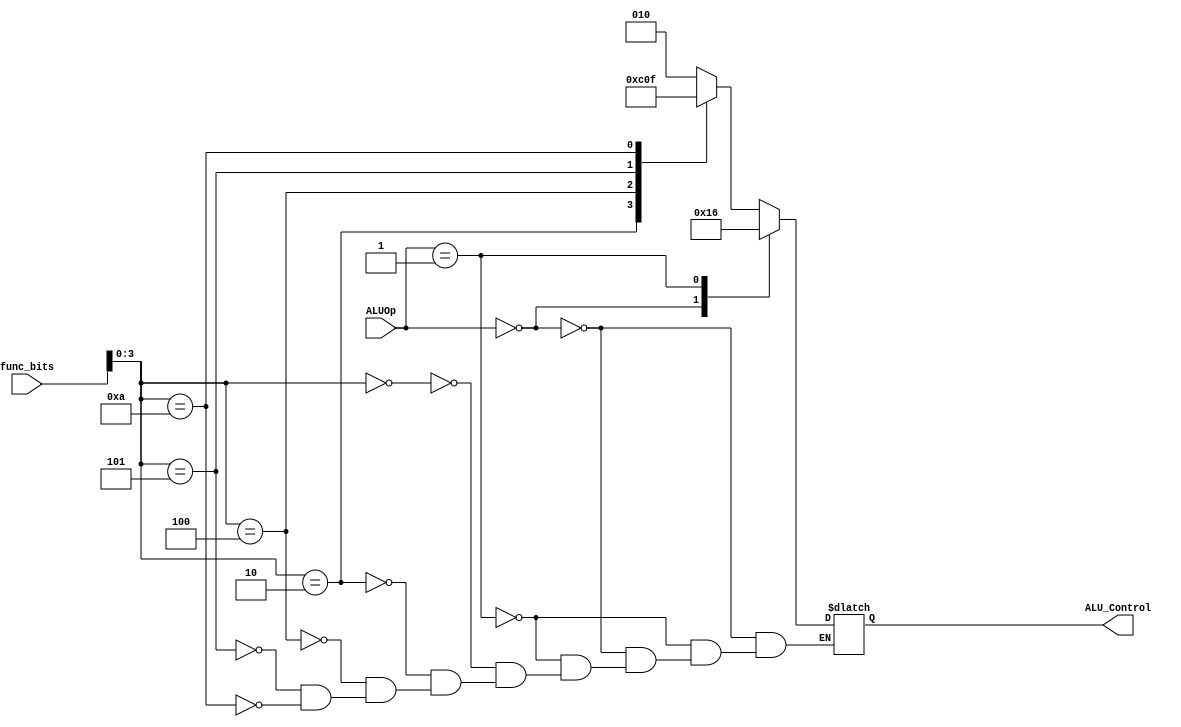
`timescale 1ns / 1ps
//////////////////////////////////////////////////////////////////////////////////
// Company: 
// Engineer: 
// 
// Design Name: 
// Module Name: Alu_Control
// Project Name: 
// Target Devices: 
// Tool Versions: 
// Description: 
// 
// Dependencies: 
// 
// Revision:
// Revision 0.01 - File Created
// Additional Comments:
// 
//////////////////////////////////////////////////////////////////////////////////


module ALU_Controller(input [1:0] ALUOp, input [5:0] func_bits, output reg [2:0] ALU_Control);

    always@(*)
    begin
        case(ALUOp)
            0: ALU_Control = 3'b010;
            1: ALU_Control = 3'b110;
            default:
            begin
                case(func_bits[3:0])
                0: ALU_Control = 3'b010;
                2: ALU_Control = 3'b110;
                4: ALU_Control = 3'b000;
                5: ALU_Control = 3'b001;
                10:ALU_Control = 3'b111;
                endcase
            end
        endcase    
    end

endmodule